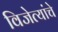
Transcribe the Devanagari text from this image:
विजेत्यांचे